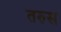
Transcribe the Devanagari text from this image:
तरुस